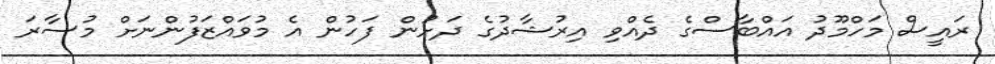
ރައީސް މަހްމޫދު އައްބާސްގެ ދެއްވި އިރުޝާދުގެ ދަށުން ފަހުން އެ މުވައްޒަފުންނަށް މުސާރަ